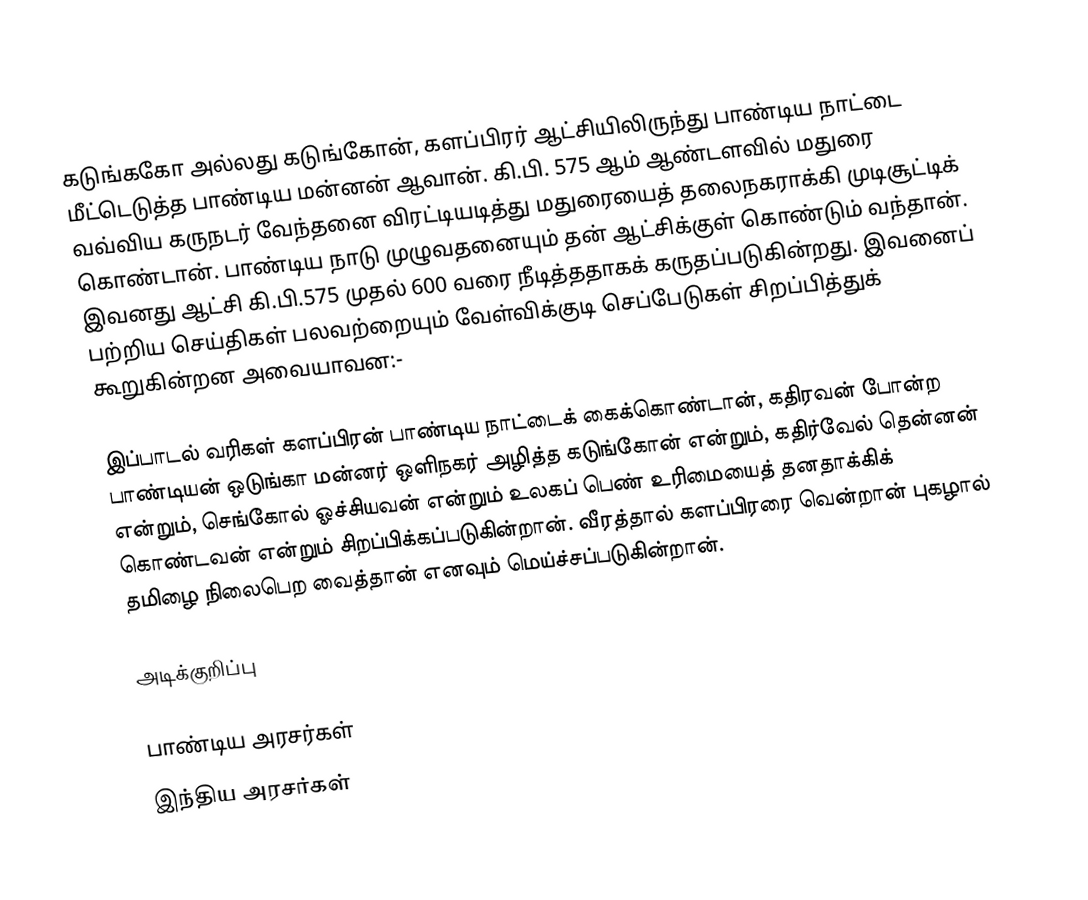
கடுங்ககோ அல்லது கடுங்கோன், களப்பிரர் ஆட்சியிலிருந்து பாண்டிய நாட்டை மீட்டெடுத்த பாண்டிய மன்னன் ஆவான். கி.பி. 575 ஆம் ஆண்டளவில் மதுரை வவ்விய கருநடர் வேந்தனை விரட்டியடித்து மதுரையைத் தலைநகராக்கி முடிசூட்டிக் கொண்டான். பாண்டிய நாடு முழுவதனையும் தன் ஆட்சிக்குள் கொண்டும் வந்தான். இவனது ஆட்சி கி.பி.575 முதல் 600 வரை நீடித்ததாகக் கருதப்படுகின்றது. இவனைப் பற்றிய செய்திகள் பலவற்றையும் வேள்விக்குடி செப்பேடுகள் சிறப்பித்துக் கூறுகின்றன அவையாவன:-

இப்பாடல் வரிகள் களப்பிரன் பாண்டிய நாட்டைக் கைக்கொண்டான், கதிரவன் போன்ற பாண்டியன் ஒடுங்கா மன்னர் ஒளிநகர் அழித்த கடுங்கோன் என்றும், கதிர்வேல் தென்னன் என்றும், செங்கோல் ஓச்சியவன் என்றும் உலகப் பெண் உரிமையைத் தனதாக்கிக் கொண்டவன் என்றும் சிறப்பிக்கப்படுகின்றான். வீரத்தால் களப்பிரரை வென்றான் புகழால் தமிழை நிலைபெற வைத்தான் எனவும் மெய்ச்சப்படுகின்றான்.

அடிக்குறிப்பு

பாண்டிய அரசர்கள்
இந்திய அரசர்கள்